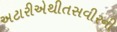
અટારીએથીતસવીરની